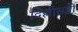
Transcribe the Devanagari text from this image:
दिल्लीसब्जी